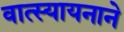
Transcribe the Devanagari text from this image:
वात्स्यायनाने